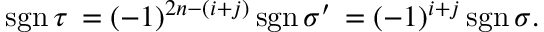
\operatorname { s g n } \tau \, = ( - 1 ) ^ { 2 n - ( i + j ) } \operatorname { s g n } \sigma ^ { \prime } \, = ( - 1 ) ^ { i + j } \operatorname { s g n } \sigma .